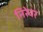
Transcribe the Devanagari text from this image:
निरेवर